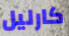
كارليل